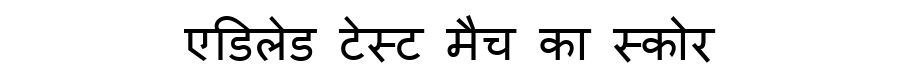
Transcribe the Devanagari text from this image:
एडिलेड टेस्ट मैच का स्कोर